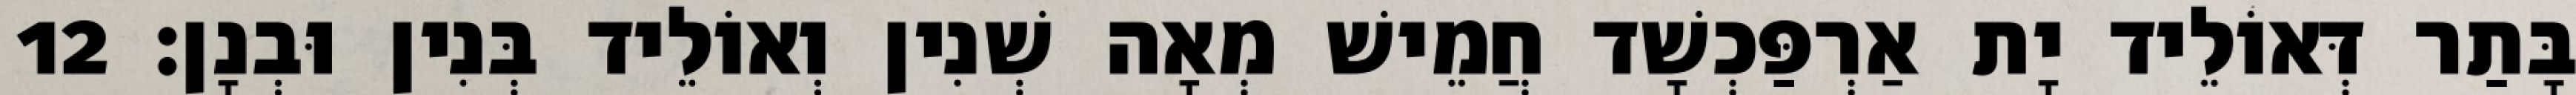
בָּתַר דְּאוֹלֵיד יָת אַרְפַּכְשָׁד חֲמֵישׁ מְאָה שְׁנִין וְאוֹלֵיד בְּנִין וּבְנָן׃ 12